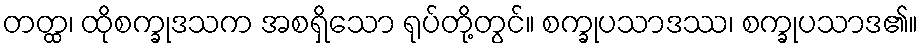
တတ္ထ၊ ထိုစက္ခုဒသက အစရှိသော ရုပ်တို့တွင်။ စက္ခုပသာဒဿ၊ စက္ခုပသာဒ၏။